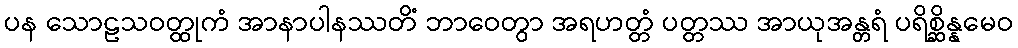
ပန သောဠသဝတ္ထုကံ အာနာပါနဿတိံ ဘာဝေတွာ အရဟတ္တံ ပတ္တဿ အာယုအန္တရံ ပရိစ္ဆိန္နမေဝ